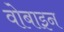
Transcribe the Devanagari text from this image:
वोबाइन